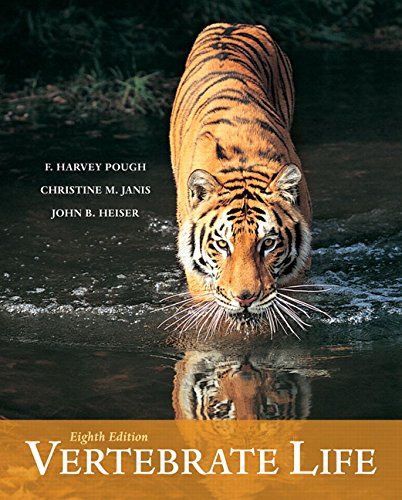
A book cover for Vertebrate Life (8th Edition); F. Harvey Pough; Science & Math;